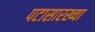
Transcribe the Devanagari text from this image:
पटासारख्या